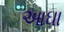
આઘા